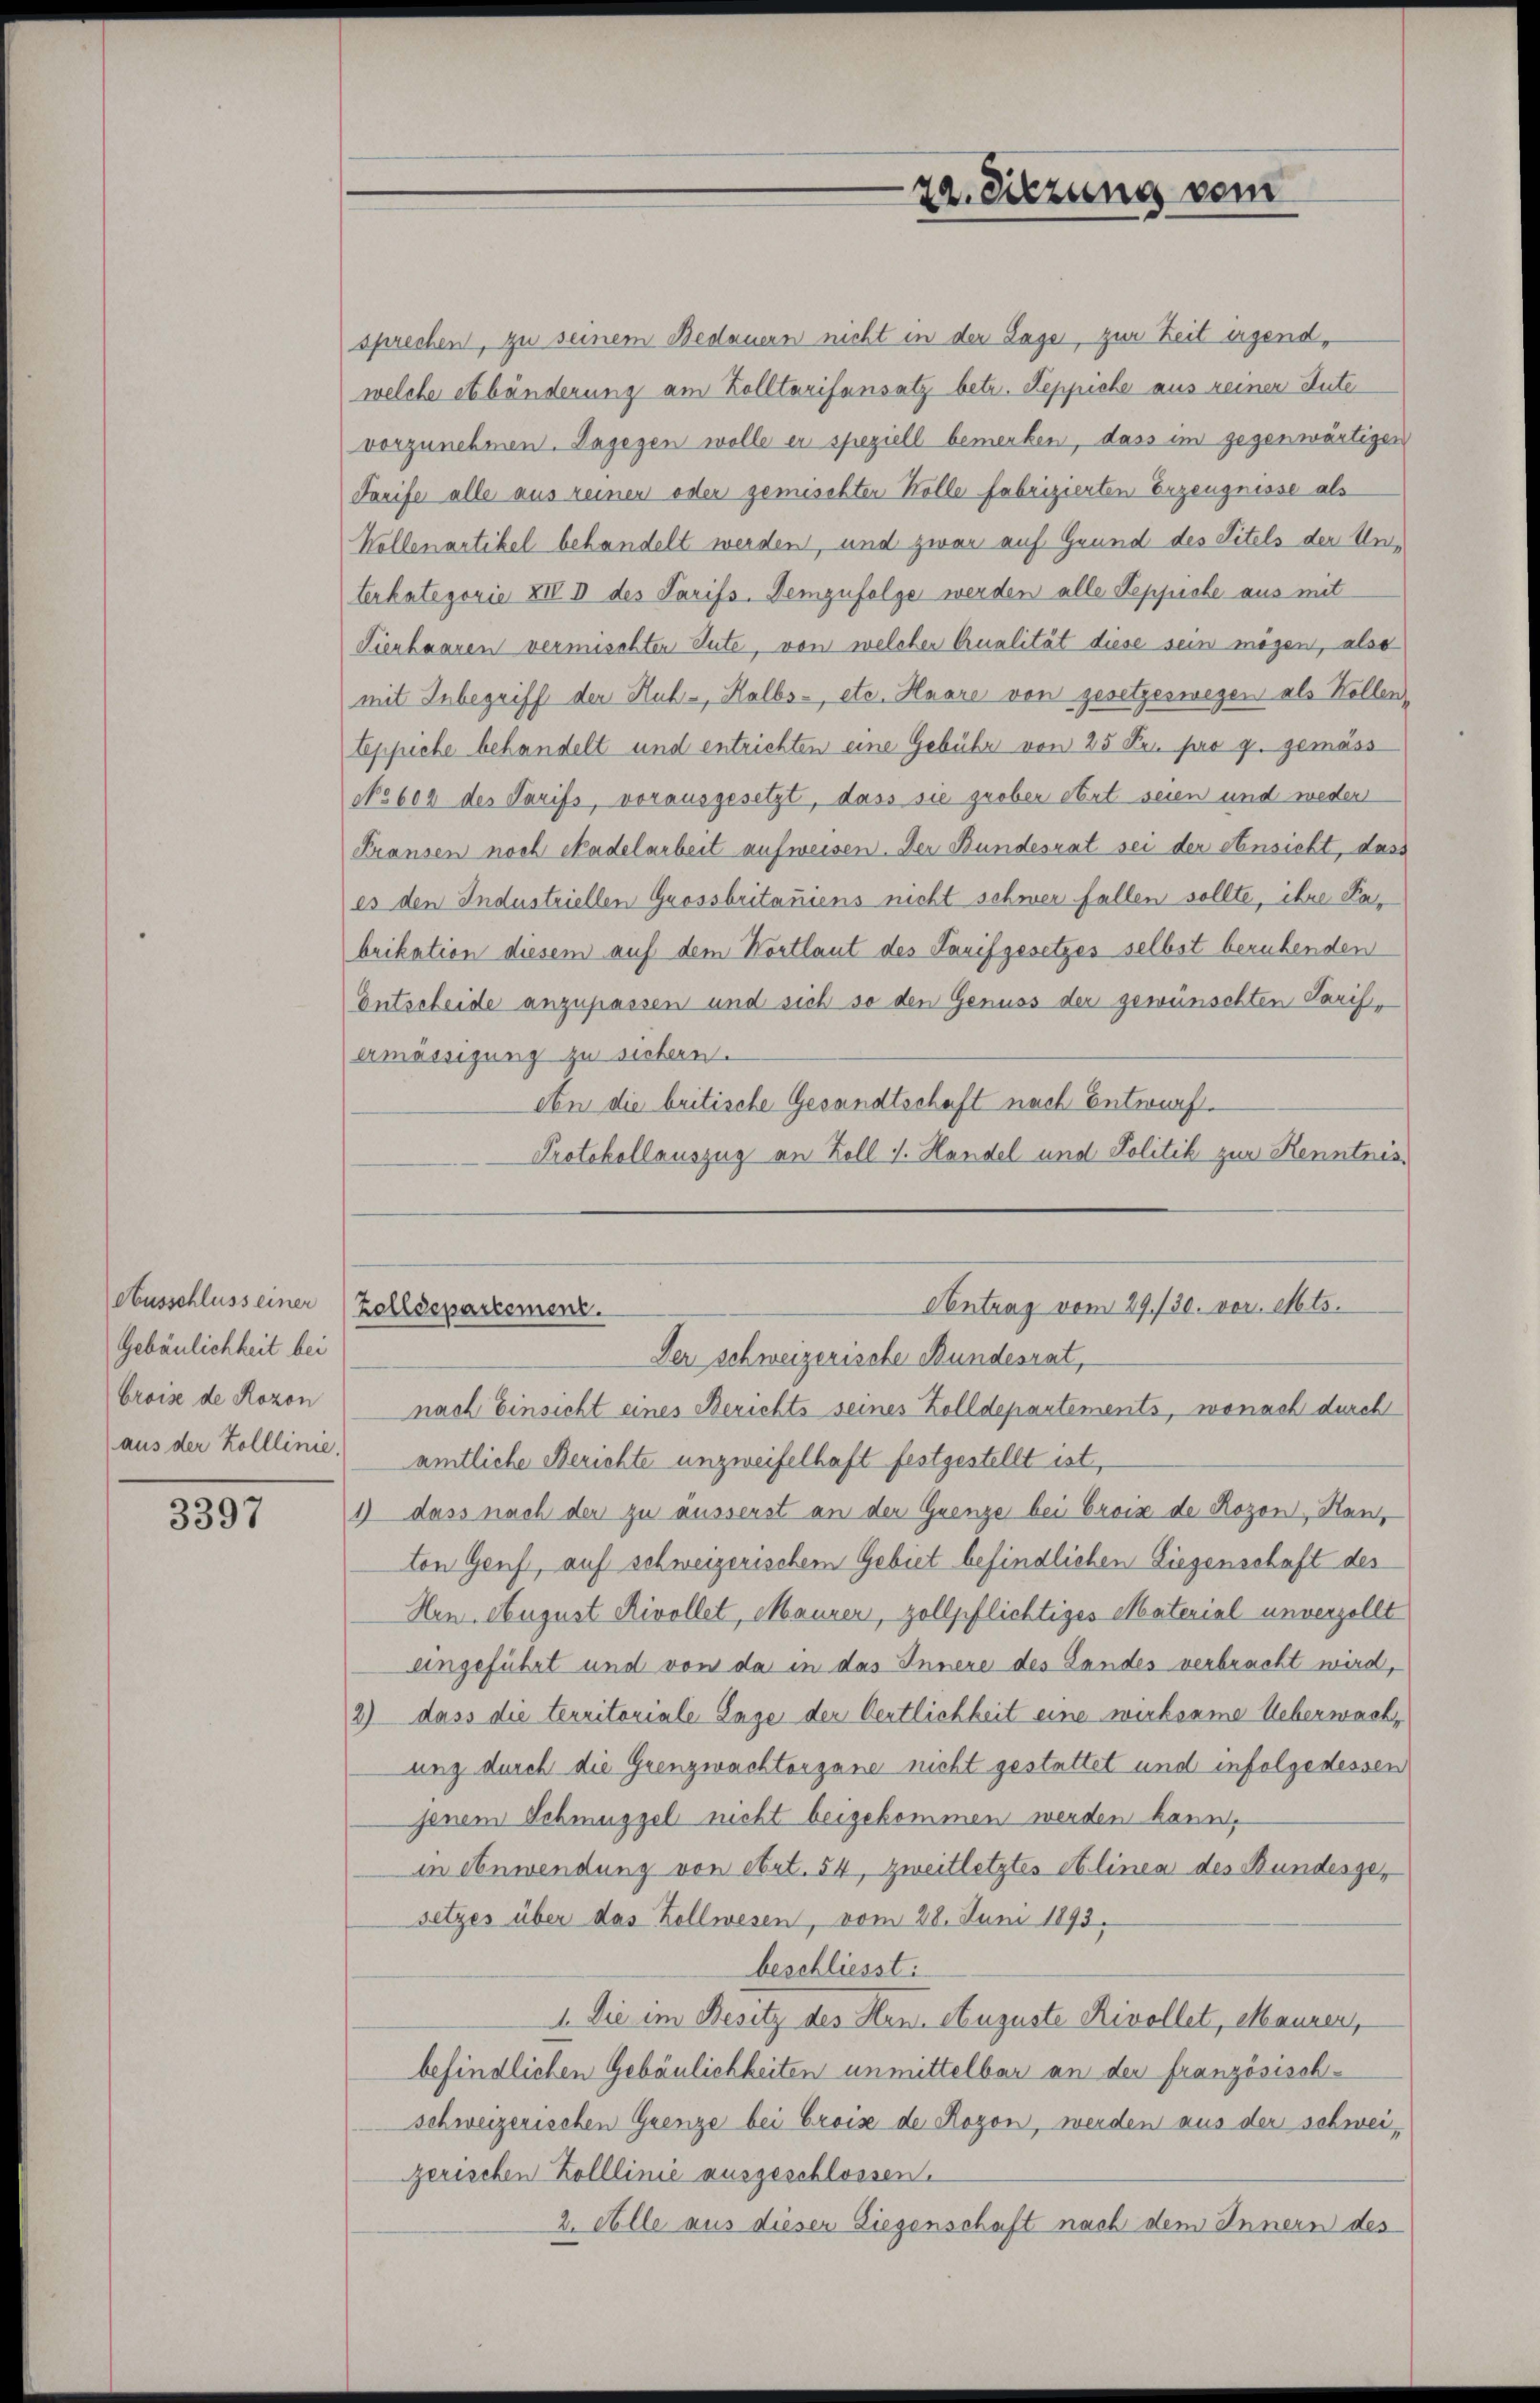
Gebäulichkeit bei
broise de Rozon

3397

sprechen, zu seinem Bedauern nicht in der Lage, zur Zeit irgend,
welche etbänderung am Zolltarifansatz betr. Reppiche aus keiner Sute
vorzunehmen. Dagegen wolle er speziell bemerken, dass im gegenwärtigen
Tarife alle aus reinen oder gemischter Wolle fabrizierten Erzeugnisse als
Kollenartikel behandelt werden, und zwar auf Grund des Titels der Unterkategorie XIV I des Tarifs. Demzufolge werden alle Seppiche aus mit
Tienhaaren vermischten Sute, von welcher Qualität diese sein mögen, also
mit Inbegriff der Hub-, Halbs- etc. Haare von gesetzeswegen als Kollen,
teppiche behandelt und entrichten eine Gebühr von 25 Pr. pro p. gemäss
No 608 des Tarifs, vorausgesetzt, dass sie grober ort seien und weder
Fransen noch Stadelarbeit aufweisen. Der Bundesrat sei der einsicht, dass
es den Industriellen Grossbritaniens nicht schwer fallen sollte, ihre Kabrikation diesem auf dem Wortlaut des Tarifgesetzes selbst beruhenden
Entscheide anzupassen und sich so den Genuss der gewünschten Paris,
ermässigung zu sichern.
etn die britische Gesandtschaft nach Entwurf.
Protokollauszug an Koll I. Handel und Politik zur Kenntnis¬
Ausschluss einer (Zolldepartement.
Antrag vom 29./30. vor. Mts.

22. Sitzung vom

Der Schweizerische Bundesrat,

nach Einsicht eines Berichts seines Zolldepartements, wonach durch
aus der Zolllinie) amtliche Berichte unzweifelhaft festgestellt ist,
1) dass nach der zu äusserst an der Grenze bei Croix de Rozon, Kanz
ton Genf, auf schweizerischem Gebiet befindlichen Liegenschaft des
Hen August Rivollet, Maurer, zollpflichtiges Material unverzollt
eingeführt und von da in das Innere des Landes verbracht wird,
2) dass die territoriale Lage der Oertlichkeit eine wirksame Ueberwach,
ung durch die Grenzwachtorgane nicht gestattet und infolge dessen
jenem Schmuggel nicht beigekommen werden kann,
in einwendung von Art. 54, zweitletztes et linea des Bundesgesetzes über das Zollwesen, vom 28. Juni 1893,
beschliesst:
1. Die im Besitz des Hrn. Auguste Rivollet, Mauren,
befindlichen Gebäulichkeiten unmittelbar an der französischschweizerischen Grenze bei Croise de Rogon, werden aus der schweizerischen Zolllinie ausgeschlossen.
2. Alle aus dieser Liegenschaft nach dem Innern des